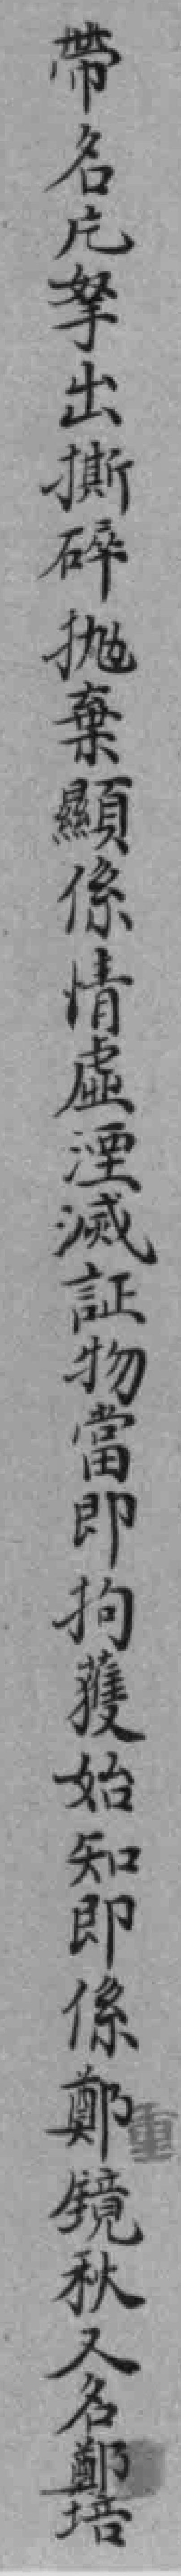
帶名片拏出撕碎拋棄顯係情虛湮滅証物當即拘獲始知即係鄭鏡秋人名鄭培